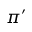
\pi ^ { \prime }